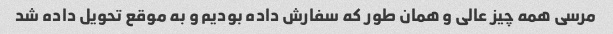
مرسی همه چیز عالی و همان طور که سفارش داده بودیم و به موقع تحویل داده شد